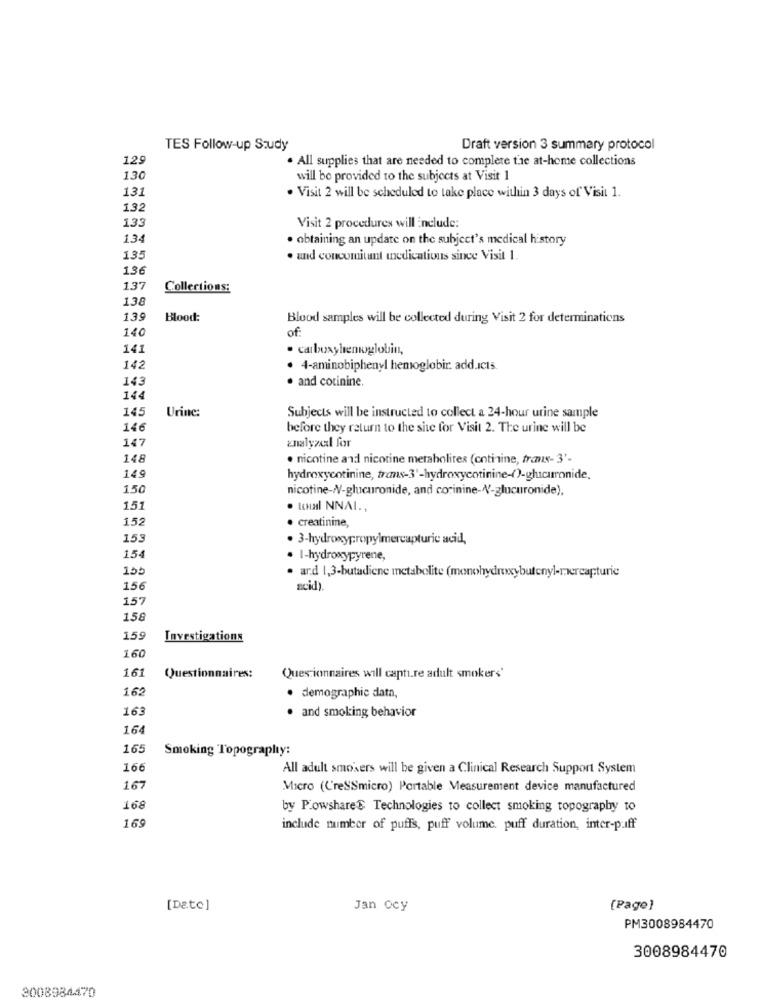
TES Follow-up Study
Draft version 3 summary protocol
125
. All supplies that are needed to complete the at-home collections
130
will be provided to the subjects at Visit 1
131
· Visit 2 will be scheduled to take place within 3 days of Visit 1.
132
13
Visit 2 procedures will include:
134
· obtaining an update on the subject's medical history
135
· and concomitant medications since Visit 1.
136
137
Collections:
138
139
Blood:
Blood samples will be collected during Visit 2 for determinations
140
of
141
· carboxyhemoglobin,
142
· 4-aminobiphenyl hemoglobir. add.Icts.
143
· and cotinine.
144
145
Urine:
Subjects will be instructed to collect a 24-hour urine sample
146
before they return to the site for Visit 2. The urine will be
147
znalyoual for
148
. nicotine and nicotine metabolites (cotinine, franx- 3'-
149
hydroxycotinine, trans-3'-hydroxycotinine-()-glucuronide.
150
nicotine-/-glucuronide, and corinine-N'-glucuronide),
151
. ICHMl NNAL .,
152
· creatinine,
153
· 3-hydroxypropylmercapturic acid,
154
· I-hydroxypyrene,
· ard 1,3-butadiene metabolite (monohydroxybutenyl-mercapturie
156
acid).
157
158
159
Investigations
160
161
Questionnaires:
Questionnaires will capture adult smokers'
162
· demographic data,
163
· and smoking behavior
164
165
Smoking Topography:
166
All adult smokers will be given a Clinical Research Support System
167
Micro (C'reSSmicro) Portable Measurement device manufactured
168
by P.owshare$ Technologies to collect smoking topography to
16
include number of puffs, puff volume. puff duration, inter-puff
[Date]
Jan ocy
[Page]
PM3008984470
3008984470
3008984470